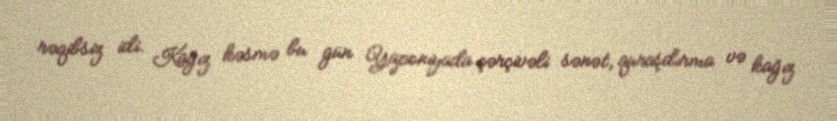
rəqibsiz idi. Kağız kəsmə bu gün Yaponiyada çərçivəli sənət, quraşdırma və kağız